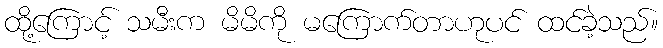
ထို့ကြောင့် သမီးက မိမိကို မကြောက်တာဟုပင် ထင်ခဲ့သည်။